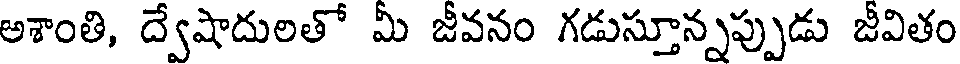
అశాంతి, ద్వేషాదులతో మీ జీవనం గడుస్తూన్నప్పుడు జీవితం